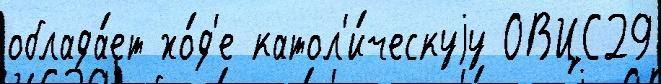
облада́ет хо́д'е катол'и́ческуjу ОВЦС29